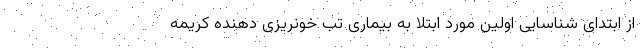
از ابتدای شناسایی اولین مورد ابتلا به بیماری تب خونریزی دهنده کریمه